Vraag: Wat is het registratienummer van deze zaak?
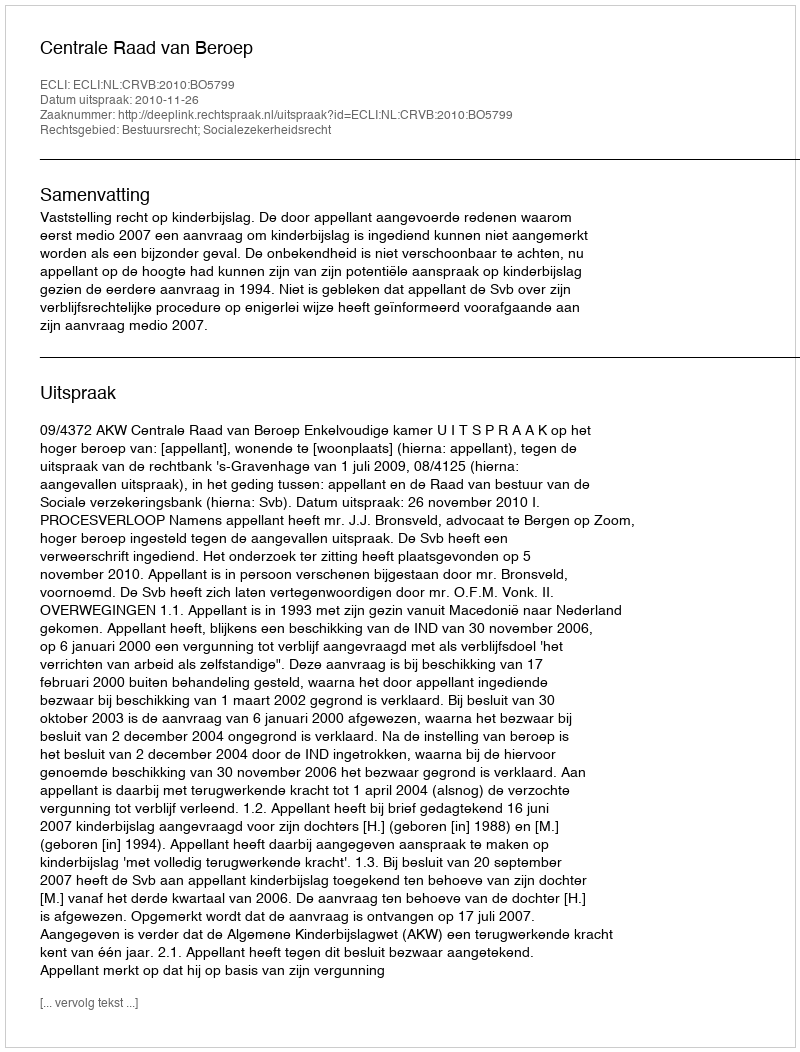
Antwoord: http://deeplink.rechtspraak.nl/uitspraak?id=ECLI:NL:CRVB:2010:BO5799